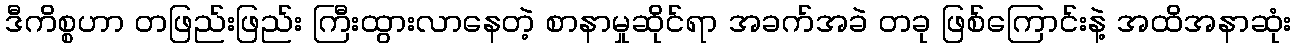
ဒီကိစ္စဟာ တဖြည်းဖြည်း ကြီးထွားလာနေတဲ့ စာနာမှုဆိုင်ရာ အခက်အခဲ တခု ဖြစ်ကြောင်းနဲ့ အထိအနာဆုံး